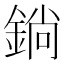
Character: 鋿